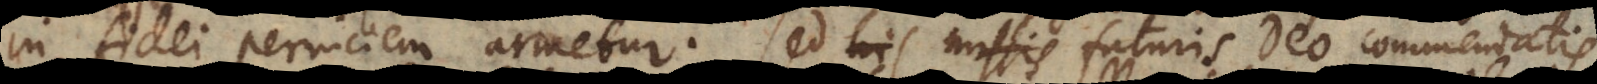
in fidei perniciem armetur. Sed futuris Deo commendatis